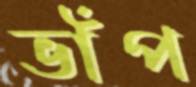
ভাঁপ